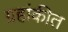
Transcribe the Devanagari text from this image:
ग्रहांकीत